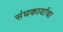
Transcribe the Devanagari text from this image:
संघकार्याचा